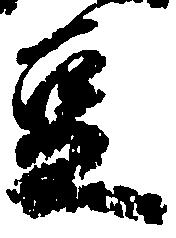
豆